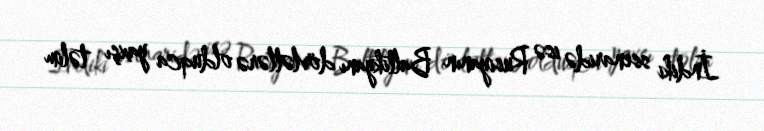
İndiki ssenaridə isə Rusiyanın Baltikyanı dövlətlərə olduqca yaxşı təlim